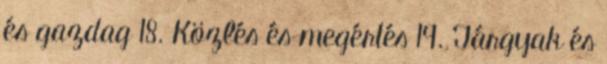
és gazdag 18. Közlés és megértés 19. Tárgyak és